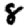
Digit: 8